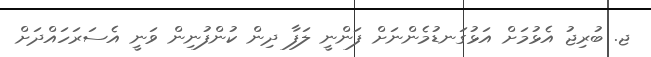
ޖ. ބުރިޖު އެޅުމަށް އަޅުގަނޑުމެންނަށް ފަންނީ ލަފާ ދިން ކުންފުނިން ވަނީ އެސަރަހައްދަށް